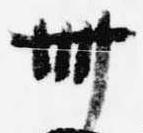
卌